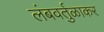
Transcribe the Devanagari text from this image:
लंबवर्तुळाकर